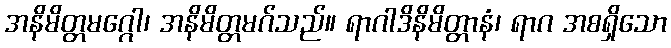
အနိမိတ္တမဂ္ဂေါ၊ အနိမိတ္တမဂ်သည်။ ရာဂါဒိနိမိတ္တာနံ၊ ရာဂ အစရှိသော